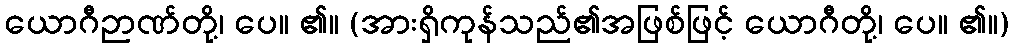
ယောဂီဉာဏ်တို့၊ ပေ။ ၏။ (အားရှိကုန်သည်၏အဖြစ်ဖြင့် ယောဂီတို့၊ ပေ။ ၏။)